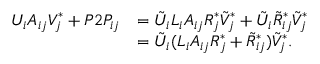
\begin{array} { r l } { U _ { i } A _ { i j } V _ { j } ^ { * } + P 2 P _ { i j } } & { = \tilde { U } _ { i } L _ { i } A _ { i j } R _ { j } ^ { * } \tilde { V } _ { j } ^ { * } + \tilde { U } _ { i } \tilde { R } _ { i j } ^ { * } \tilde { V } _ { j } ^ { * } } \\ & { = \tilde { U } _ { i } ( L _ { i } A _ { i j } R _ { j } ^ { * } + \tilde { R } _ { i j } ^ { * } ) \tilde { V } _ { j } ^ { * } . } \end{array}